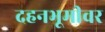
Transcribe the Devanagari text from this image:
दहनभूमीवर